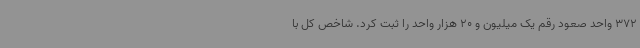
372 واحد صعود رقم یک میلیون و 20 هزار واحد را ثبت کرد. شاخص کل با